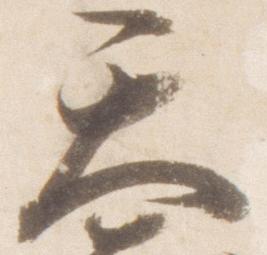
天